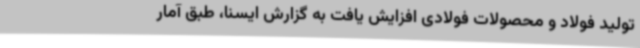
تولید فولاد و محصولات فولادی افزایش یافت به گزارش ایسنا، طبق آمار